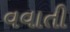
વવાતી